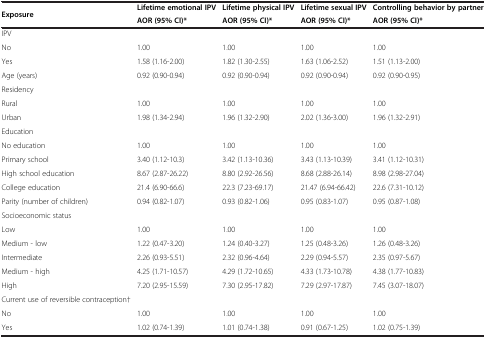
<table><thead><tr><td rowspan="2"><b>Exposure</b></td><td><b>Lifetime emotional IPV</b></td><td><b>Lifetime physical IPV</b></td><td><b>Lifetime sexual IPV</b></td><td><b>Controlling behavior by partner</b></td></tr><tr><td><b>AOR (95% CI)*</b></td><td><b>AOR (95% CI)*</b></td><td><b>AOR (95% CI)*</b></td><td><b>AOR (95% CI)*</b></td></tr></thead><tbody><tr><td>IPV</td><td></td><td></td><td></td><td></td></tr><tr><td>No</td><td>1.00</td><td>1.00</td><td>1.00</td><td>1.00</td></tr><tr><td>Yes</td><td>1.58 (1.16-2.00)</td><td>1.82 (1.30-2.55)</td><td>1.63 (1.06-2.52)</td><td>1.51 (1.13-2.00)</td></tr><tr><td>Age (years)</td><td>0.92 (0.90-0.94)</td><td>0.92 (0.90-0.94)</td><td>0.92 (0.90-0.94)</td><td>0.92 (0.90-0.95)</td></tr><tr><td>Residency</td><td></td><td></td><td></td><td></td></tr><tr><td>Rural</td><td>1.00</td><td>1.00</td><td>1.00</td><td>1.00</td></tr><tr><td>Urban</td><td>1.98 (1.34-2.94)</td><td>1.96 (1.32-2.90)</td><td>2.02 (1.36-3.00)</td><td>1.96 (1.32-2.91)</td></tr><tr><td>Education</td><td></td><td></td><td></td><td></td></tr><tr><td>No education</td><td>1.00</td><td>1.00</td><td>1.00</td><td>1.00</td></tr><tr><td>Primary school</td><td>3.40 (1.12-10.3)</td><td>3.42 (1.13-10.36)</td><td>3.43 (1.13-10.39)</td><td>3.41 (1.12-10.31)</td></tr><tr><td>High school education</td><td>8.67 (2.87-26.22)</td><td>8.80 (2.92-26.56)</td><td>8.68 (2.88-26.14)</td><td>8.98 (2.98-27.04)</td></tr><tr><td>College education</td><td>21.4 (6.90-66.6)</td><td>22.3 (7.23-69.17)</td><td>21.47 (6.94-66.42)</td><td>22.6 (7.31-10.12)</td></tr><tr><td>Parity (number of children)</td><td>0.94 (0.82-1.07)</td><td>0.93 (0.82-1.06)</td><td>0.95 (0.83-1.07)</td><td>0.95 (0.87-1.08)</td></tr><tr><td>Socioeconomic status</td><td></td><td></td><td></td><td></td></tr><tr><td>Low</td><td>1.00</td><td>1.00</td><td>1.00</td><td>1.00</td></tr><tr><td>Medium - low</td><td>1.22 (0.47-3.20)</td><td>1.24 (0.40-3.27)</td><td>1.25 (0.48-3.26)</td><td>1.26 (0.48-3.26)</td></tr><tr><td>Intermediate</td><td>2.26 (0.93-5.51)</td><td>2.32 (0.96-4.64)</td><td>2.29 (0.94-5.57)</td><td>2.35 (0.97-5.67)</td></tr><tr><td>Medium - high</td><td>4.25 (1.71-10.57)</td><td>4.29 (1.72-10.65)</td><td>4.33 (1.73-10.78)</td><td>4.38 (1.77-10.83)</td></tr><tr><td>High</td><td>7.20 (2.95-15.59)</td><td>7.30 (2.95-17.82)</td><td>7.29 (2.97-17.87)</td><td>7.45 (3.07-18.07)</td></tr><tr><td>Current use of reversible contraception†</td><td></td><td></td><td></td><td></td></tr><tr><td>No</td><td>1.00</td><td>1.00</td><td>1.00</td><td>1.00</td></tr><tr><td>Yes</td><td>1.02 (0.74-1.39)</td><td>1.01 (0.74-1.38)</td><td>0.91 (0.67-1.25)</td><td>1.02 (0.75-1.39)</td></tr></tbody></table>